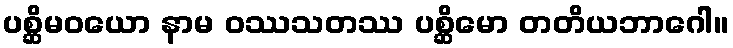
ပစ္ဆိမဝယော နာမ ဝဿသတဿ ပစ္ဆိမော တတိယဘာဂေါ။